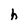
Character: h